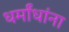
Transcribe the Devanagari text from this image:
धर्मांधांना